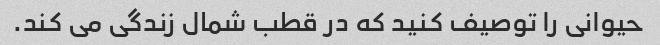
حیوانی را توصیف کنید که در قطب شمال زندگی می کند.